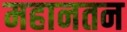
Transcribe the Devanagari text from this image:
महानतन